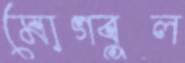
মোগবুল